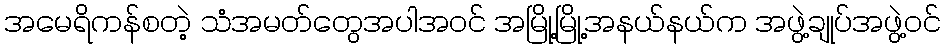
အမေရိကန်စတဲ့ သံအမတ်တွေအပါအဝင် အမြို့မြို့အနယ်နယ်က အဖွဲ့ချုပ်အဖွဲ့ဝင်